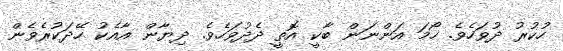
ހުކުރު ދުވަހެވެ. ހޯމަ އަންނަން ބާކީ އޮތީ ދެދުވަހެވެ. ދިޔާން އާއެކު ހޭދަކުރެވެން